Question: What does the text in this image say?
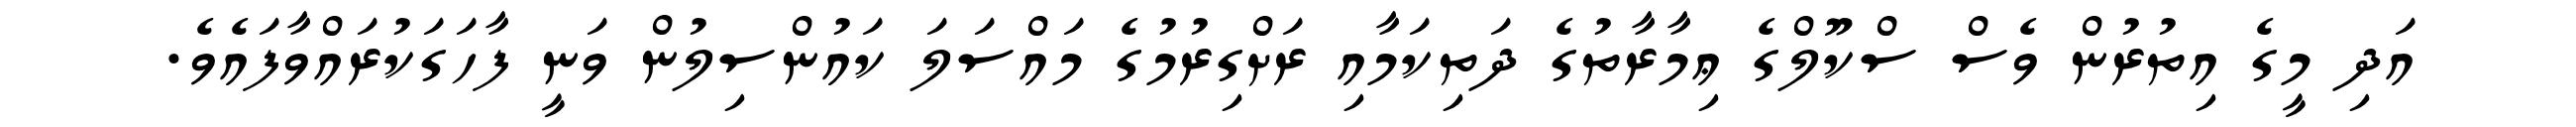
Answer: އަދި މީގެ އިތުރުން ވެސް ސްކޫލްގެ ޢިމާރާތުގެ ދަތިކަމާއި ރަށްގިރުމުގެ މައްސަލަ ކައުންސިލުން ވަނީ ފާހަގަކުރައްވާފައެވެ.